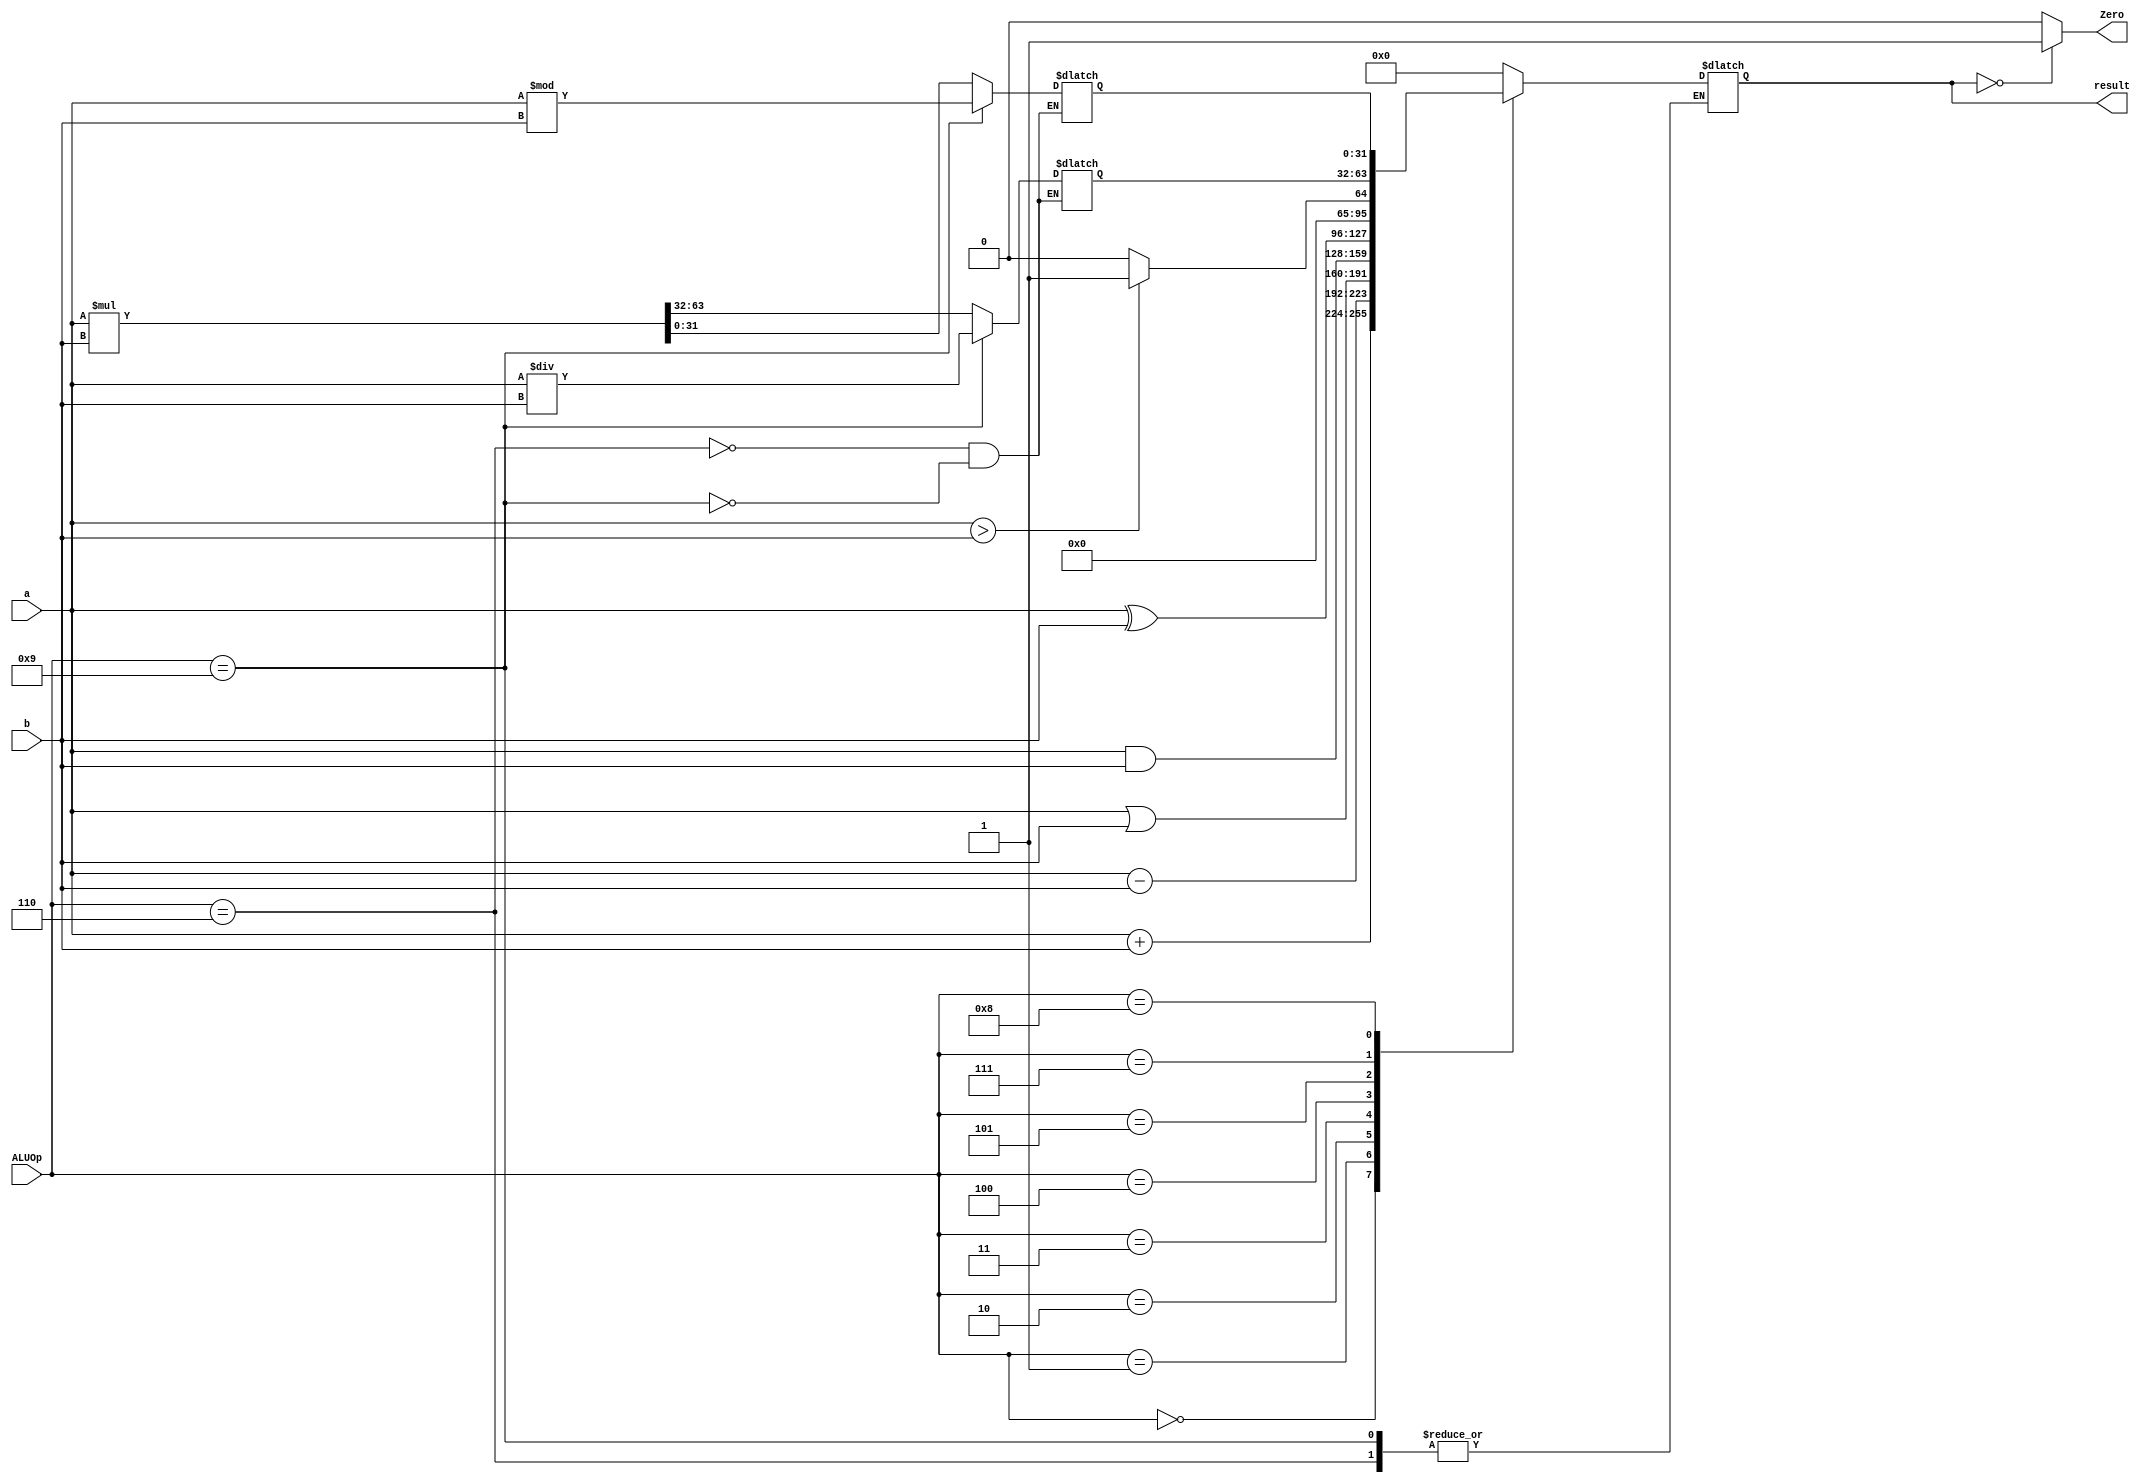
module ALU(input [31:0] a, b, 
     input [3:0] ALUOp,
  output reg [31:0] result,
  output Zero);
  
  reg  [31:0]hiReg , loReg;
  
  always @ (ALUOp, a, b) begin 
    case(ALUOp) 
      4'b0000: result <= a + b;
      4'b0001: result <= a-b; 
      4'b0010: result <= a | b;
      4'b0011: result <= a & b;      
      4'b0100: result <= a ^ b;
      4'b0101: result <= (a>b)? 32'b01: 32'b0;
      4'b0110: {hiReg, loReg} <= a *b;
      4'b0111: result <= hiReg;
      4'b1000: result <= loReg;
      4'b1001: {hiReg , loReg} <= {a / b , a % b};
      default: result <= 32'b0;
    endcase 
  end 
  
  assign Zero = (result==32'b0)? 1'b1: 1'b0;
  
endmodule